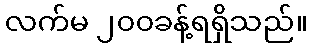
လက်မ ၂၀၀ခန့်ရရှိသည်။